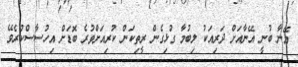
އޭނާ ބުނީ އޭނާއަށް ދަރިއަކު ލިބުމާ ގުޅިގެން ރީތިކަން ކުރިއަށްވުރެ ބޮޑަށް އިހުސާސްކުރެވޭ